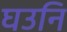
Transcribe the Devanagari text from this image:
घउनि